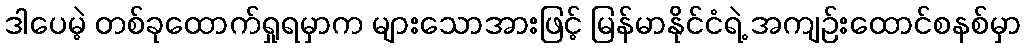
ဒါပေမဲ့ တစ်ခုထောက်ရှုရမှာက များသောအားဖြင့် မြန်မာနိုင်ငံရဲ့ အကျဉ်းထောင်စနစ်မှာ